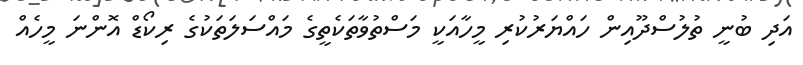
އަދި ބުނީ ތުލުސްދޫއިން ހައްޔަރުކުރި މީހާއަކީ މަސްތުވާތަކެތީގެ މައްސަލަތަކުގެ ރިކޯޑް އޮންނަ މީހެއް